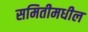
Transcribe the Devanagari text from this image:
समितीमधील